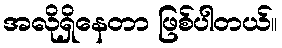
အလိုရှိနေတာ ဖြစ်ပါတယ်။